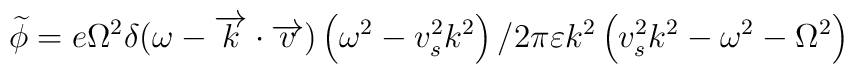
\widetilde{\phi }=e\Omega ^{2}\delta (\omega -\overrightarrow{k}\cdot \overrightarrow{v})\left( \omega ^{2}-v_{s}^{2}k^{2}\right) /2\pi\varepsilon k^{2}\left( v_{s}^{2}k^{2}-\omega ^{2}-\Omega ^{2}\right)